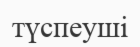
түспеуші